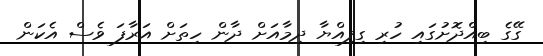
ގޭގެ ބިއްދޮށުގައި ހުރި ގިފިއްޔާ ދިމާއަށް ދާން ހިތަށް އަރާފަ ވެސް އެކަން